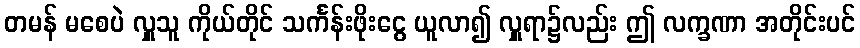
တမန် မစေပဲ လှူသူ ကိုယ်တိုင် သင်္ကန်းဖိုးငွေ ယူလာ၍ လှူရာ၌လည်း ဤ လက္ခဏာ အတိုင်းပင်